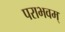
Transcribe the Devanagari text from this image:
पराभवम्‌